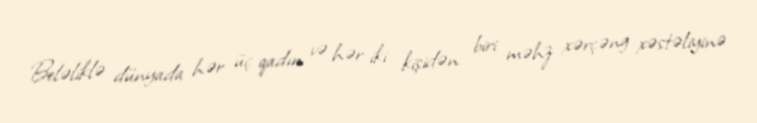
Beləliklə dünyada hər üç qadın və hər iki kişidən biri məhz xərçəng xəstəliyinə